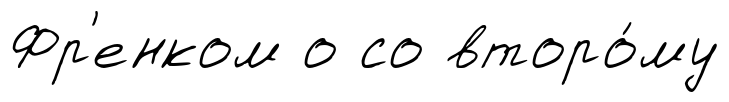
Фр'енком о со второ́му